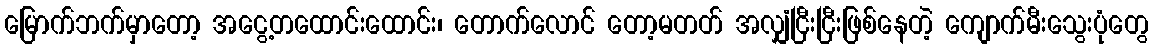
မြောက်ဘက်မှာတော့ အငွေ့တထောင်းထောင်း၊ တောက်လောင် တော့မတတ် အလျှံငြီးငြီးဖြစ်နေတဲ့ ကျောက်မီးသွေးပုံတွေ